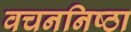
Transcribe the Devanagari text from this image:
वचननिष्ठा